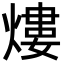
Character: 熡